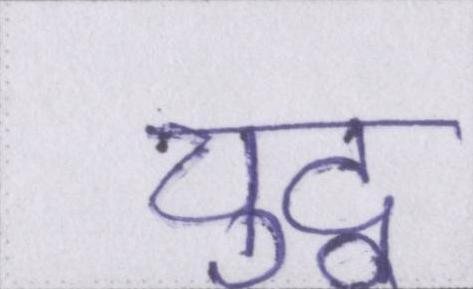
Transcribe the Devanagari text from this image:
युद्व